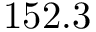
1 5 2 . 3